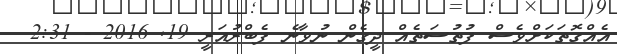
އެއްގޮތަކަށްވެސް ފުތުސަތެއް ދީގެން ނުވާނެ ފެބްރުއަރީ 19